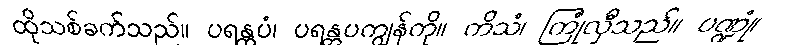
ထိုသစ်ခက်သည်။ ပရန္တပံ၊ ပရန္တပကျွန်ကို။ ကိသံ၊ ကြုံလှီသည်။ ပဏ္ဍုံ၊